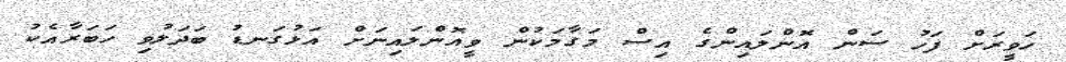
ހަވީރަށް ފަހު ސަން އޮންލައިންގެ އިސް މަގާމަކުން ވީއޮންލައިނަށް އަޅުގަނޑު ބަދަލުވި ހަބަރާއެކު